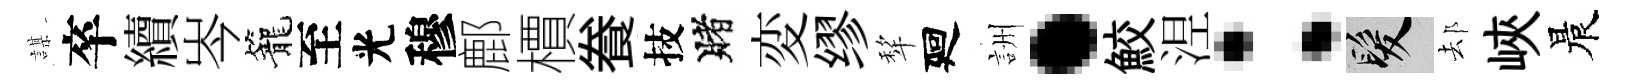
謀卒續岑籠至光穆鄜檟飬技賭変缪犂廻詶·鮫𣵀：髮𨚫峽晨